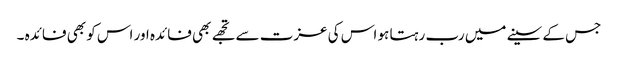
جس کے سینے میں رب رہتا ہو اس کی عزت سے تجھے بھی فائدہ اور اس کو بھی فائدہ ۔